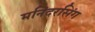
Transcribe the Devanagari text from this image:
मनिंदरसिंग